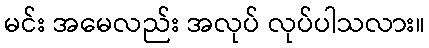
မင်း အမေလည်း အလုပ် လုပ်ပါသလား။